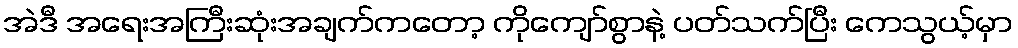
အဲဒီ အရေးအကြီးဆုံးအချက်ကတော့ ကိုကျော်စွာနဲ့ ပတ်သက်ပြီး ကေသွယ့်မှာ